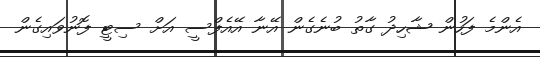
އެންމެ ފަހުން ޝާހިދު ގާތު ބުނެގެން އޭނާ އޭއެފްސީ އަށް ސިޓީ ފޮނުވައިގެން